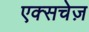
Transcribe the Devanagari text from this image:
एक्सचेज़